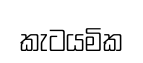
කැටයමික